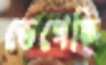
ভেগেছি